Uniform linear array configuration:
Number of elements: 64
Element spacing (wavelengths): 1
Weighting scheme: hamming
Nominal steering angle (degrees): -30
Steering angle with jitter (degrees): -29.617
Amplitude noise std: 0.05
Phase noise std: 0.05

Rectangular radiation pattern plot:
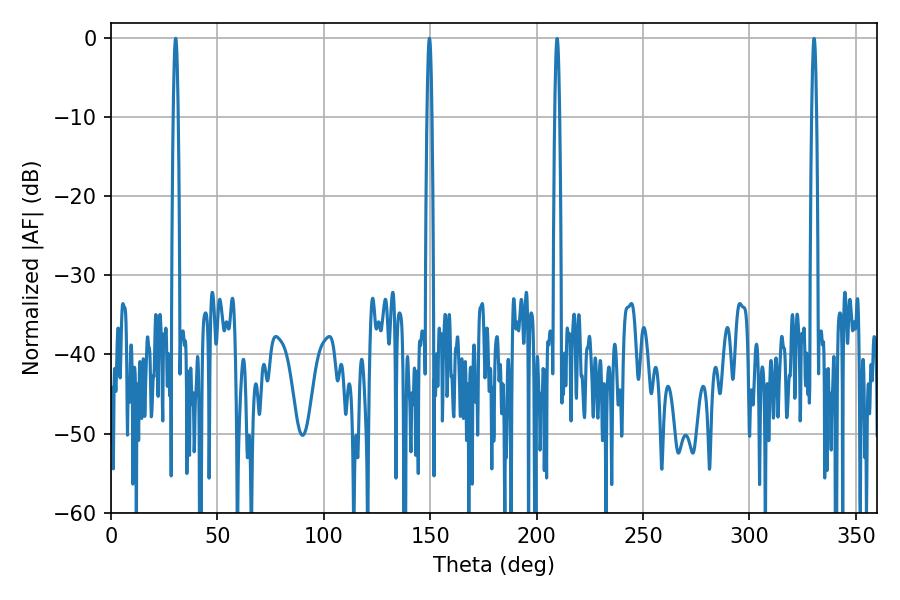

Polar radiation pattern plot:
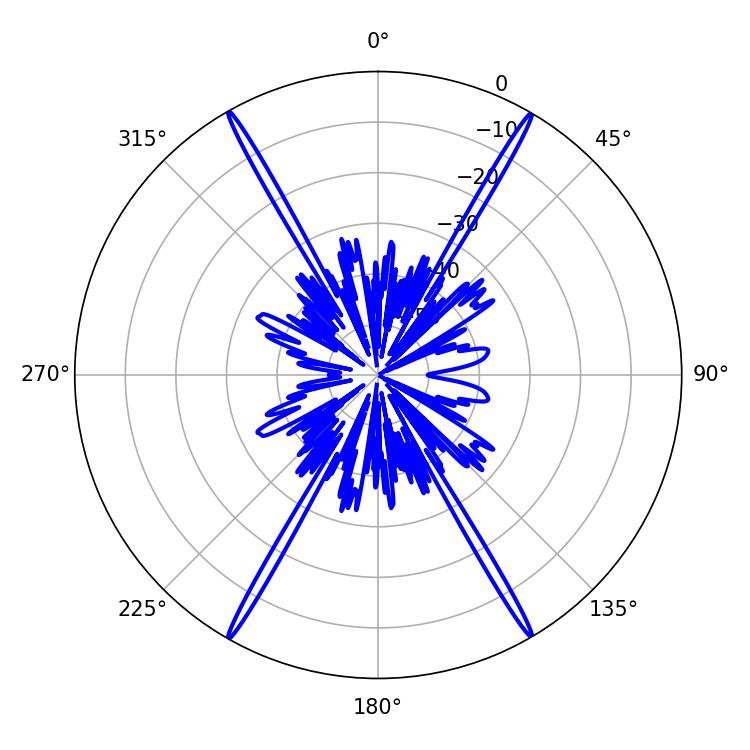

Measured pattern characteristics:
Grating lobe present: TRUE
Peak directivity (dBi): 34.017
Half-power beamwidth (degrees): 1.26
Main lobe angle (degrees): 30.42